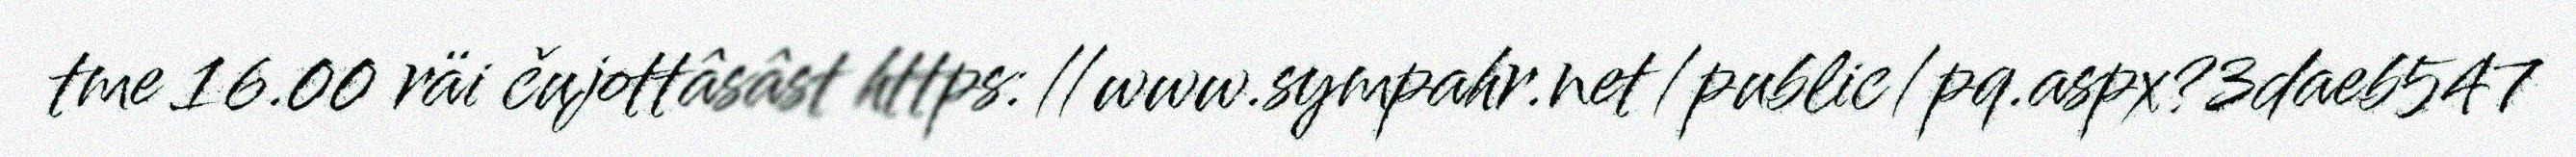
tme 16.00 räi čujottâsâst https://www.sympahr.net/public/pq.aspx?3daeb547